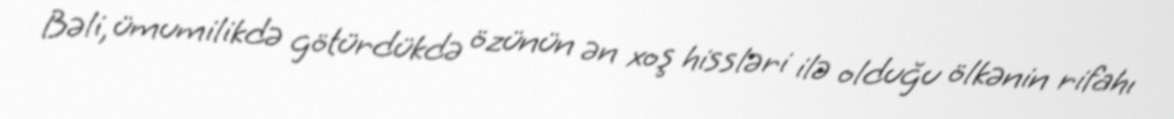
Bəli, ümumilikdə götürdükdə özünün ən xoş hissləri ilə olduğu ölkənin rifahı